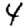
Digit: 4